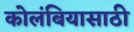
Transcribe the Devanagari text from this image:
कोलंबियासाठी